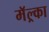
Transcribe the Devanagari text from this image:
मॅल्र्का